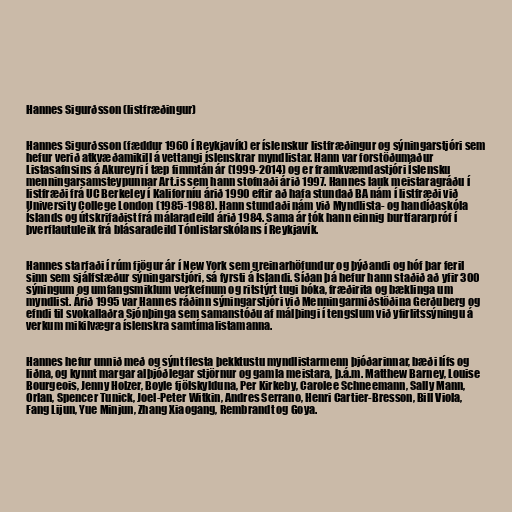
Hannes Sigurðsson (listfræðingur)

Hannes Sigurðsson (fæddur 1960 í Reykjavík) er íslenskur listfræðingur og sýningarstjóri sem
hefur verið atkvæðamikill á vettangi íslenskrar myndlistar. Hann var forstöðumaður
Listasafnsins á Akureyri í tæp fimmtán ár (1999-2014) og er framkvæmdastjóri Íslensku
menningarsamsteypunnar Art.is sem hann stofnaði árið 1997. Hannes lauk meistaragráðu í
listfræði frá UC Berkeley í Kaliforníu árið 1990 eftir að hafa stundað BA nám í listfræði við
University College London (1985-1988). Hann stundaði nám við Myndlista- og handíðaskóla
Íslands og útskrifaðist frá málaradeild árið 1984. Sama ár tók hann einnig burtfararpróf í
þverflautuleik frá blásaradeild Tónlistarskólans í Reykjavík.

Hannes starfaði í rúm fjögur ár í New York sem greinarhöfundur og þýðandi og hóf þar feril
sinn sem sjálfstæður sýningarstjóri, sá fyrsti á Íslandi. Síðan þá hefur hann staðið að yfir 300
sýningum og umfangsmiklum verkefnum og ritstýrt tugi bóka, fræðirita og bæklinga um
myndlist. Árið 1995 var Hannes ráðinn sýningarstjóri við Menningarmiðstöðina Gerðuberg og
efndi til svokallaðra Sjónþinga sem samanstóðu af málþingi í tengslum við yfirlitssýningu á
verkum mikilvægra íslenskra samtímalistamanna.

Hannes hefur unnið með og sýnt flesta þekktustu myndlistarmenn þjóðarinnar, bæði lífs og
liðna, og kynnt margar alþjóðlegar stjörnur og gamla meistara, þ.á.m. Matthew Barney, Louise
Bourgeois, Jenny Holzer, Boyle fjölskylduna, Per Kirkeby, Carolee Schneemann, Sally Mann,
Orlan, Spencer Tunick, Joel-Peter Witkin, Andres Serrano, Henri Cartier-Bresson, Bill Viola,
Fang Lijun, Yue Minjun, Zhang Xiaogang, Rembrandt og Goya.